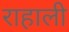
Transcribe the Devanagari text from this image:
राहाली